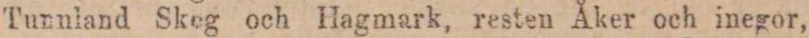
Tunnland Skeg och Hagmark, resten Åker och inegor,